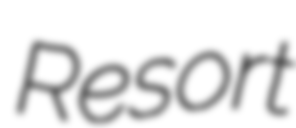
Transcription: Resort